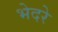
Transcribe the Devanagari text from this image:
भेदरे